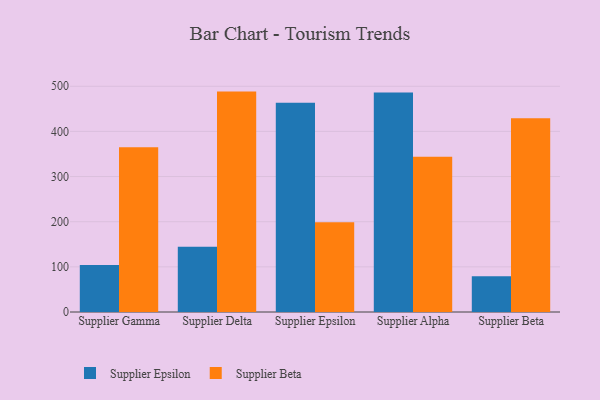
{"axis": {"x": "Supplier", "y": "Active Users"}, "legend": ["Supplier Beta", "Supplier Epsilon"], "data": [{"x": "Supplier Gamma", "y": 103.9, "type": "Supplier Epsilon"}, {"x": "Supplier Gamma", "y": 364.7, "type": "Supplier Beta"}, {"x": "Supplier Delta", "y": 144.6, "type": "Supplier Epsilon"}, {"x": "Supplier Delta", "y": 488.2, "type": "Supplier Beta"}, {"x": "Supplier Epsilon", "y": 463.5, "type": "Supplier Epsilon"}, {"x": "Supplier Epsilon", "y": 198.7, "type": "Supplier Beta"}, {"x": "Supplier Alpha", "y": 486.4, "type": "Supplier Epsilon"}, {"x": "Supplier Alpha", "y": 344.0, "type": "Supplier Beta"}, {"x": "Supplier Beta", "y": 79.4, "type": "Supplier Epsilon"}, {"x": "Supplier Beta", "y": 429.2, "type": "Supplier Beta"}]}